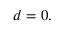
\begin{array} { r } { d = 0 . } \end{array}